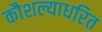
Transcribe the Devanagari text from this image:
कौशल्याधरित